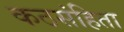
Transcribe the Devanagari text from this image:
कठसंहिता